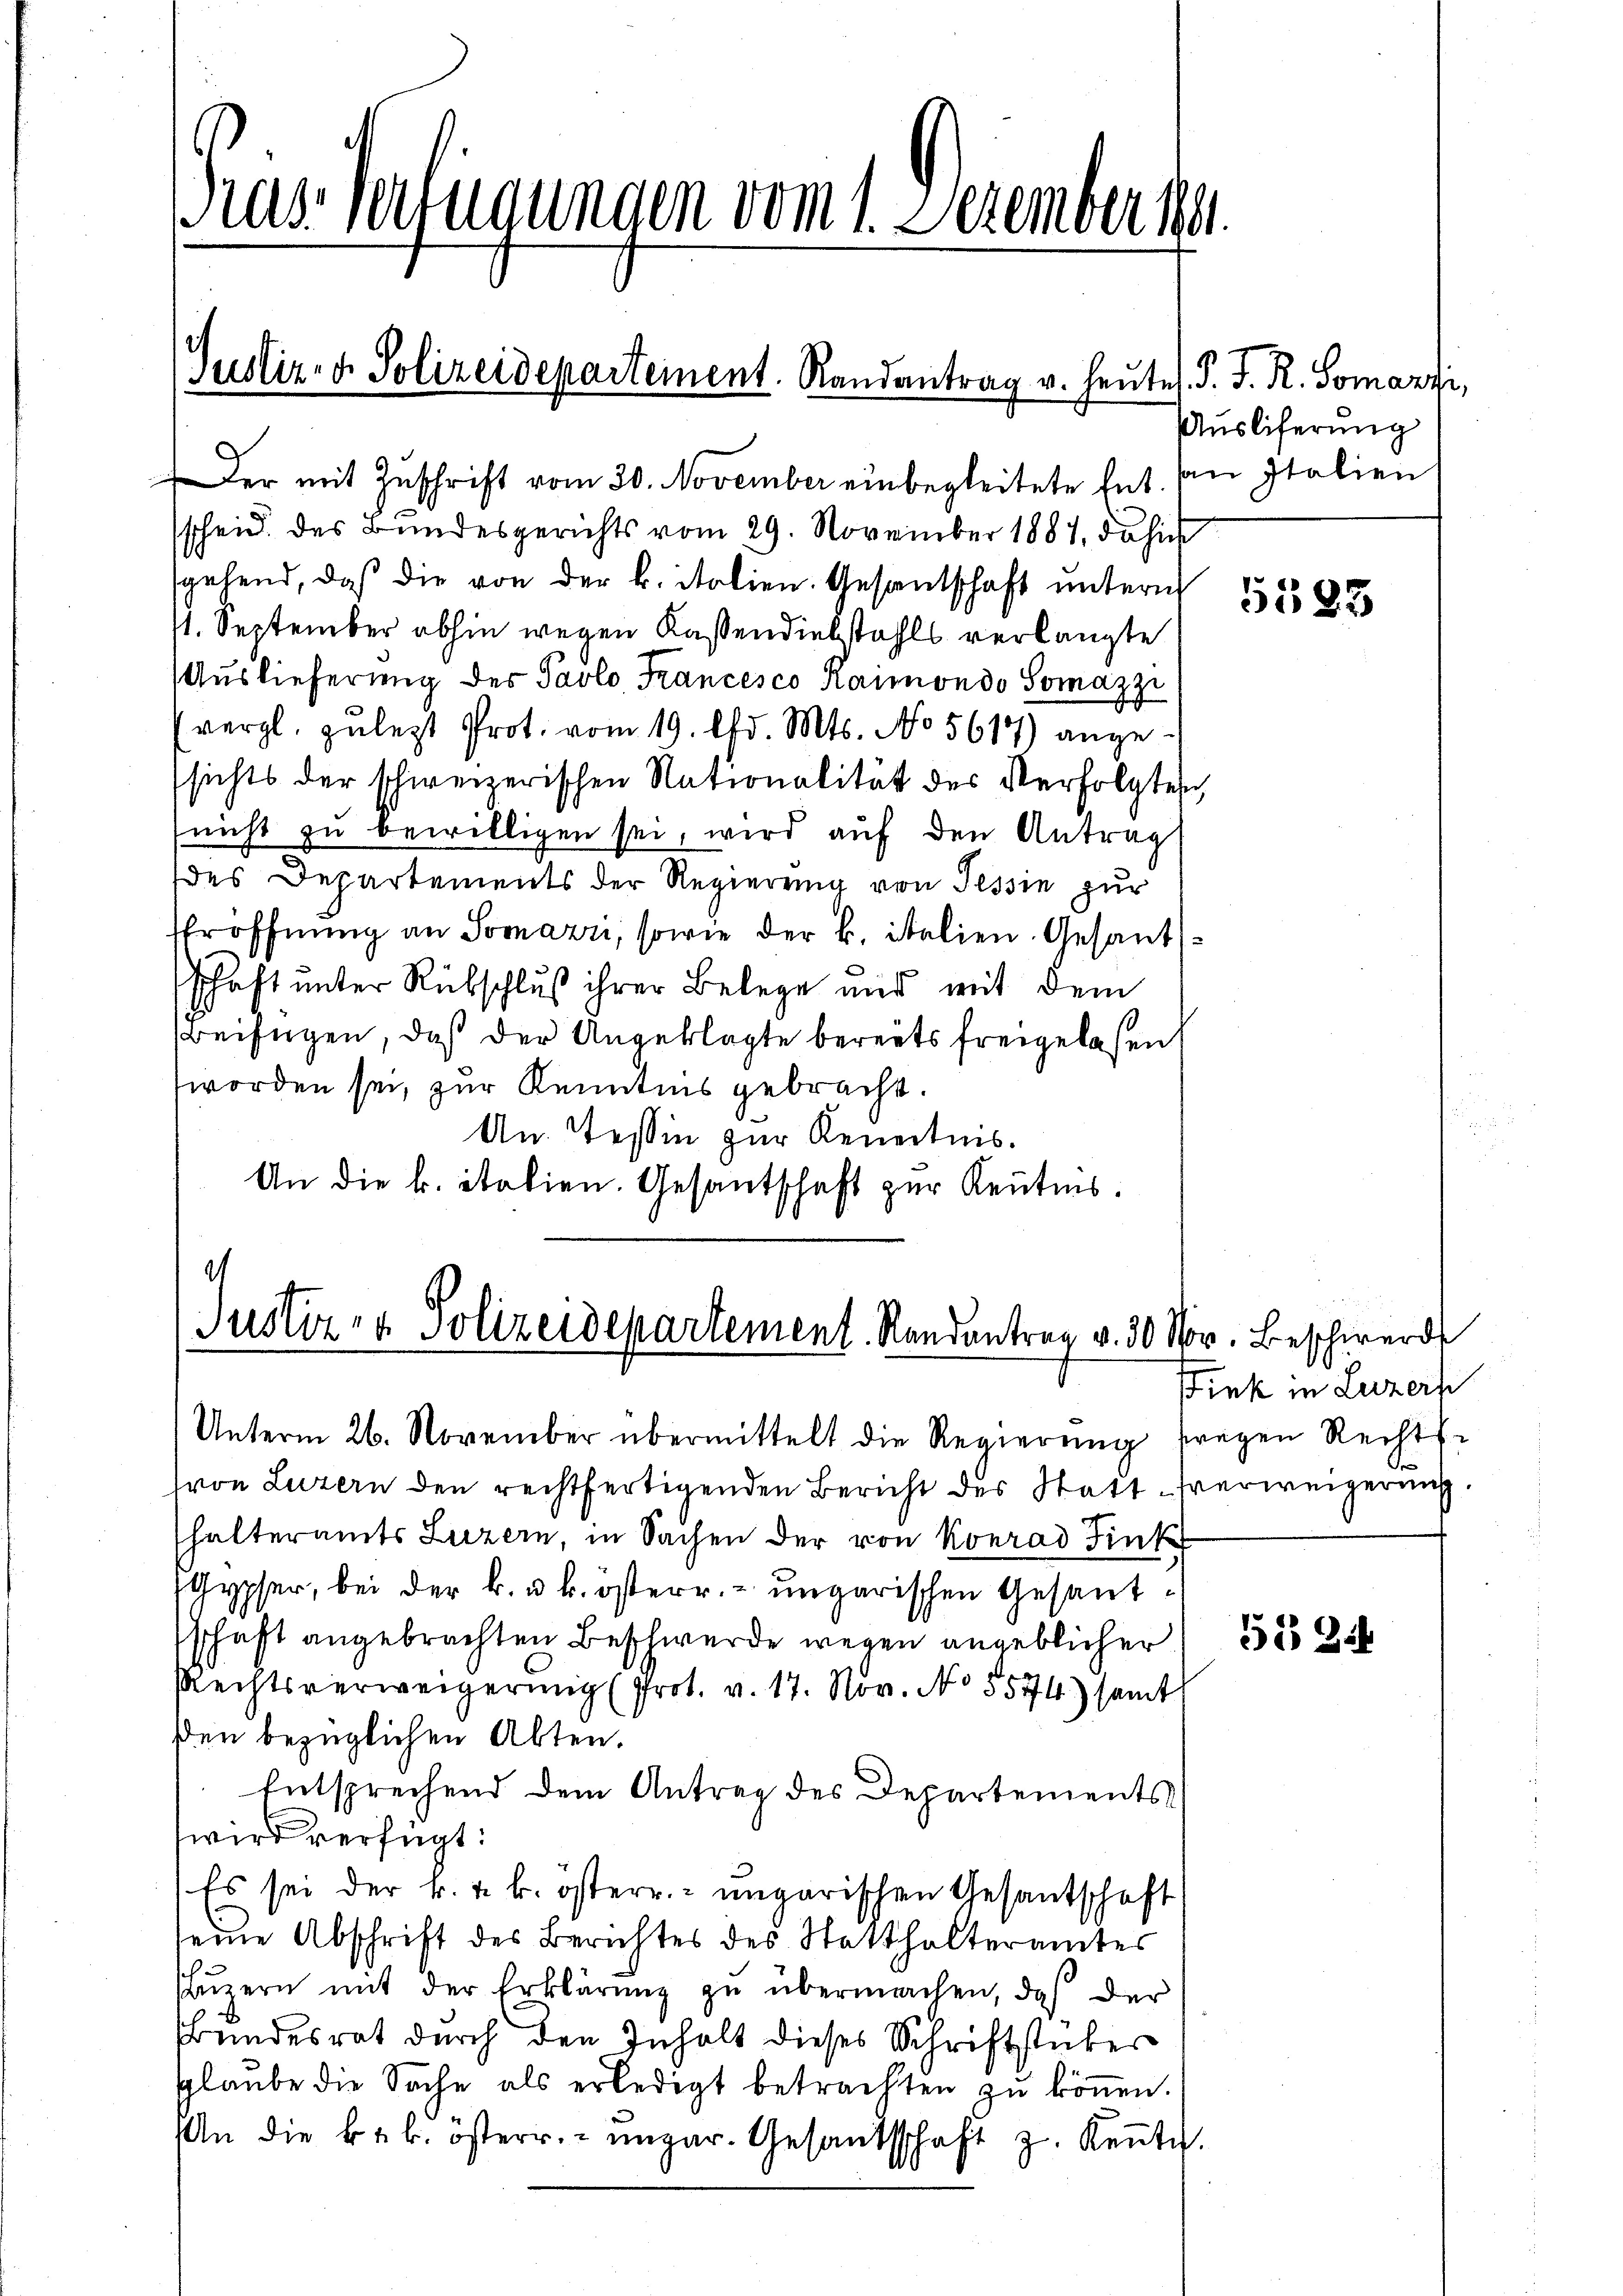
Gras Verfügungen vom 1. Dezember 184.

Justiz- & Polizeidepartement. Randantrag v. Heute. P. J. R. Somazzi,

Der mit Zuschrift vom 30. November einbegleitete Entscheid des Bundesgerichts vom 29. November 1887, dahin
sgehend, daß die von der k. italien. Gesandschaft ŭnterm
1. September abhin wegen Kassendiebstahls verlangte
Auslieferung des Pavlo Francesco Kaimondo Somazzi
(vergl. zuletzt Prot. vom 19. d. Mts. No 5614) ange-
sichts der schweizerischen Nationalität der Verfolgten
nicht zu bewilligen sei, wird auf den Antrag
des Departements der Regierung von Tessin zur
Eröffnung an Somazri, sowie der B. italien. Gesandschaft unter Rübschluß ihrer Belege und mit dem
Beifügen, daß der Angeklagte bereits freigelaßen,
worden sei, zur Kenntnis gebracht.
An. Tessin zur Kenntnis.
An die k. italien. Gesantschaft zur Kentnis.

4
Justiz- & Polizeidepartement. Randantrag v. 30 Nov. Beschwerd
Unterm 26. November übermittelt die Regierŭng fragen Rechts-

halteramts Luzern, in Sachen der von Konrad Fink
Gypfer, bei der k. u. k. österr. ungarischen Gesandschaft angebrachten Beschwerde wegen angeblicher
Rechtsverweigerung (Prot. v. 17. Nov. No 5574) samt
den bezüglichen Abten.
Entsprechend dem Antrag des Departements
wird verfügt:
Es sei der k. k. k. österr. ungarischen Gesantschaft
seine Abschrift des Berichtes des Statthalteramtes
Lŭzern mit der Erklärŭng zŭ übermachen, daß der
Bundesrat durch den Inhalt dieses Schriftstücker
glaŭbe die Sache als erledigt betrachten zŭ köṅen.
An die k. k. österr. ungar. Gesandtschaft z. Keṅtc.

von Luzern den rechtfertigenden Bericht des Statt-Verweigerung.

Ausliferung
an Italien

5585

Fink in Luzern

51 34